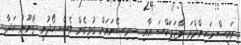
ރައީސް މަހިންދްރަ ރާޖަޕަކްސަ އާއި ސިރިސޭނައަށް ގުޅިގެން ވެސް ހޯދުނީ ޤާނޫނު ހަދާ